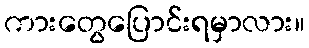
ကားတွေပြောင်းရမှာလား။